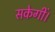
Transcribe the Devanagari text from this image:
सकेगीं।